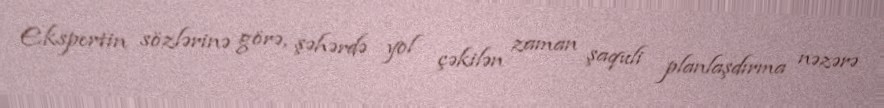
Ekspertin sözlərinə görə, şəhərdə yol çəkilən zaman şaquli planlaşdırma nəzərə